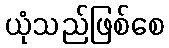
ယုံသည်ဖြစ်စေ